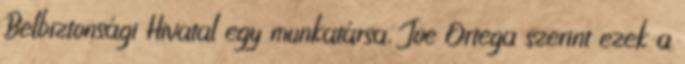
Belbiztonsági Hivatal egy munkatársa, Joe Ortega szerint ezek a